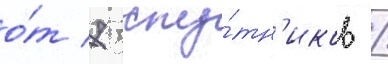
о́т 7 спу́тн'иков /